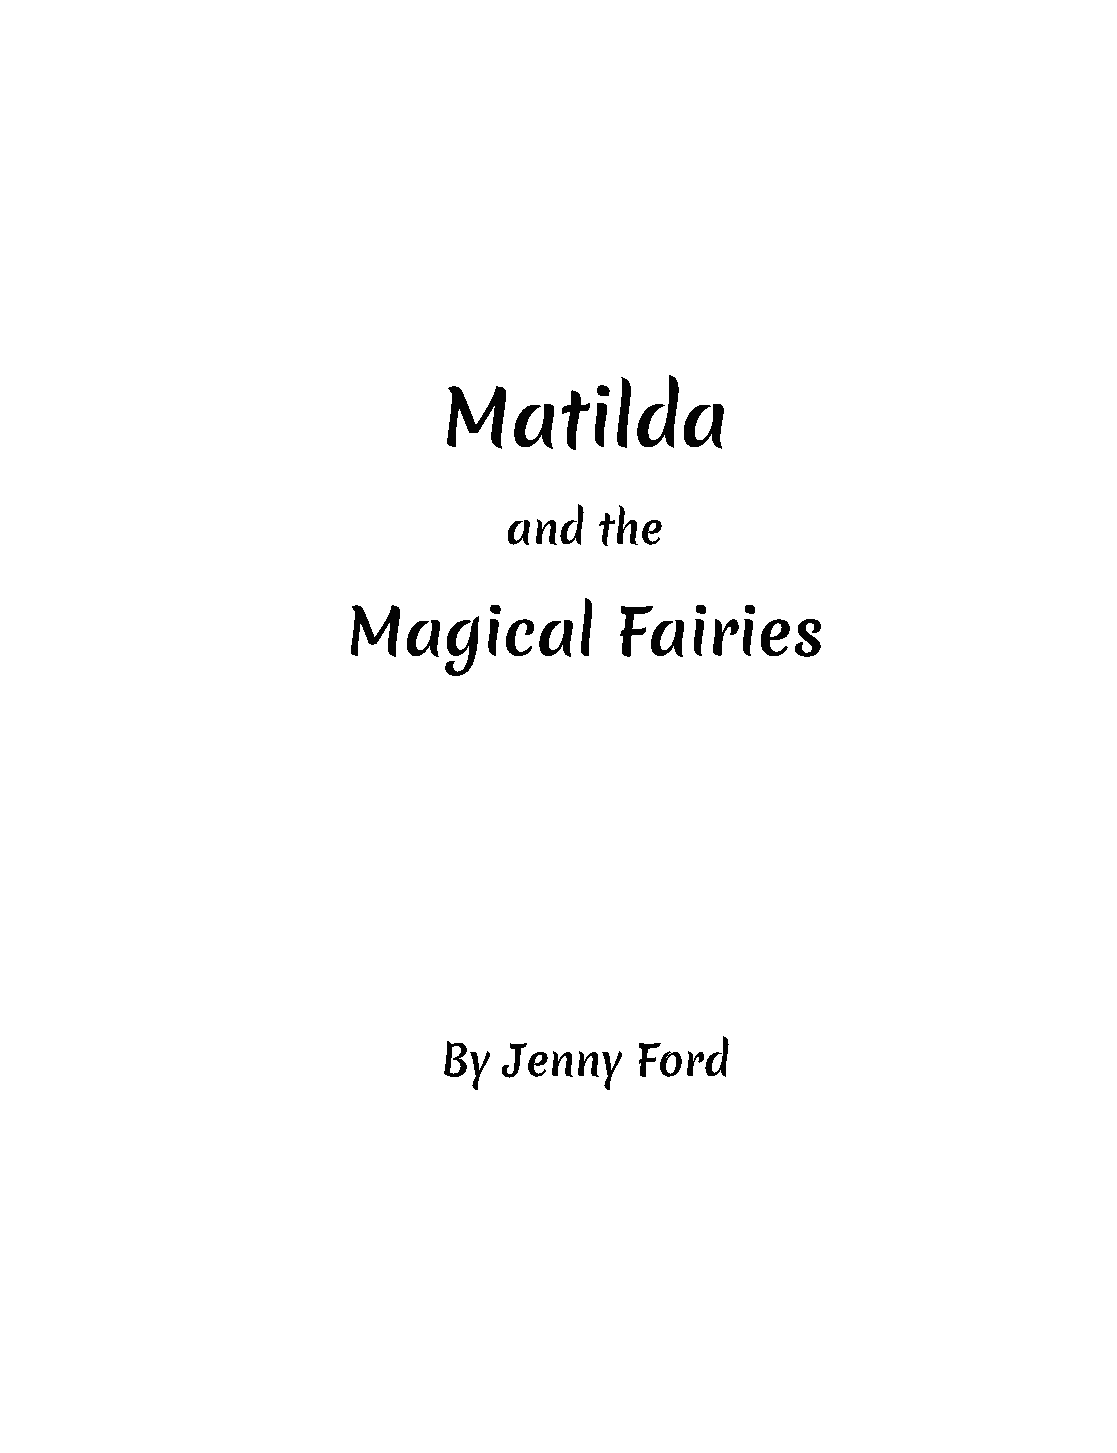
Matilda
 and   the
 Magical           Fairies
 By  Jenny    Ford